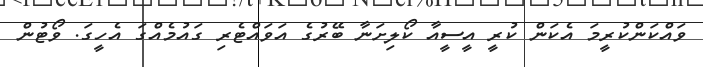
ވައްކަންކުރީމަ އެކަން ކުރީ އީސީއާ ކޯލިށަނާ ބޭރުގެ އަވައްޓެރި ގައުމެއްގަ އެހީގަ. ވޯޓުން